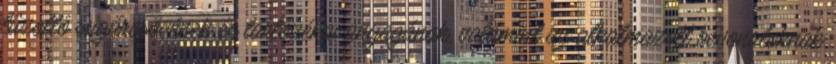
tûzoltó sugárcsövének és tartozékai anyagának, valamint az alkalmazott bevonatoknak